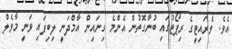
އެވެ. ވެރައިޓީގެ ރިޕޯޓުގައި ބުނާގޮތުން އެންމެ ގިނައިން އާމްދަނީ ލިބިފައި ވަނީ މާވެލް